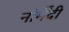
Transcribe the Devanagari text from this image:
नौर्मेंदी